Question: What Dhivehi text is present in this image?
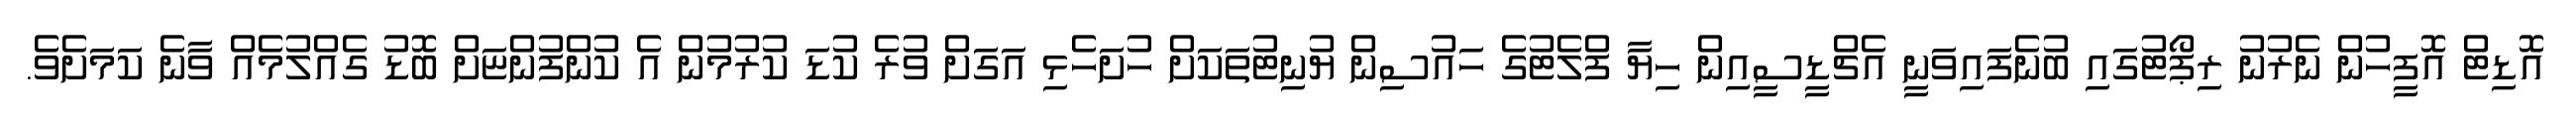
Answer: އޮޑިޓް އޮފީހުން ނެރުނު ރިޕޯޓުގައި ބުނެފައިވަނީ އެޗްޑީސީއިން ހިޔާ ފްލެޓުގެ ހައުސިން ޔުނިޓުތަކަށް ހުށަހެޅި އަގަށް ވުރެ ކުޑަ ކުރުމުން އެ ކުންފުންޏަށް ބޮޑު ގެއްލުމެއް ވާނެ ކަމަށެވެ.